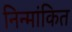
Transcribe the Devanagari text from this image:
निन्मांकित